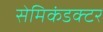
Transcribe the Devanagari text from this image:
सेमिकंडक्‍टर